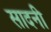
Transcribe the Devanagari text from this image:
सादनी